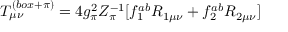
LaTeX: T _ { \mu \nu } ^ { ( b o x + \pi ) } = 4 g _ { \pi } ^ { 2 } Z _ { \pi } ^ { - 1 } [ f _ { 1 } ^ { a b } R _ { 1 \mu \nu } + f _ { 2 } ^ { a b } R _ { 2 \mu \nu } ]